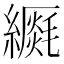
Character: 𦆡